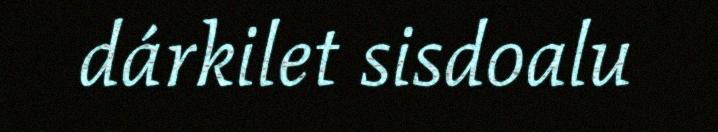
dárkilet sisdoalu